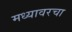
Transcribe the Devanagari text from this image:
मध्यावरचा